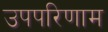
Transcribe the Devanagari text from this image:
उपपरिणाम